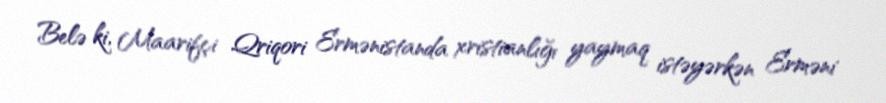
Belə ki, Maarifçi Qriqori Ermənistanda xristianlığı yaymaq istəyərkən Erməni